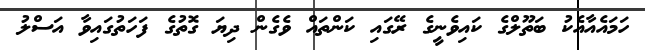
ހަމައެއާއެކު ބަތޫލްގެ ކައިވެނީގެ ރޭގައި ކަންތައް ވެގެން ދިޔަ ގޮތުގެ ފަހަތުގައިވާ އަސްލު